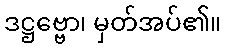
ဒဋ္ဌဗ္ဗော၊ မှတ်အပ်၏။